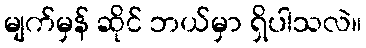
မျက်မှန် ဆိုင် ဘယ်မှာ ရှိပါသလဲ။